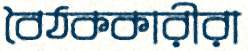
বৈঠককারীরা